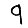
Digit: 9